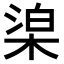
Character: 𣓬